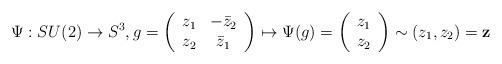
LaTeX: \begin{align*}\Psi:SU(2)\rightarrow S^{3},g=\left(\begin{array}[c]{cc}z_{1} & -\bar{z}_{2}\\z_{2} & \bar{z}_{1}\end{array}\right) \mapsto \Psi(g)= \left(\begin{array}[c]{c} z_1 \\ z_2 \end{array}\right) \sim (z_{1},z_{2})=\mathbf{z} \end{align*}